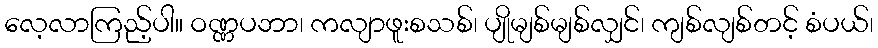
လေ့လာကြည့်ပါ။ ဝဏ္ဏပဘာ၊ ကလျာဖူးစသစ်၊ ပျိုမျစ်မျစ်လျှင်၊ ကျစ်လျစ်တင့် စံပယ်၊